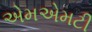
એમએમટી